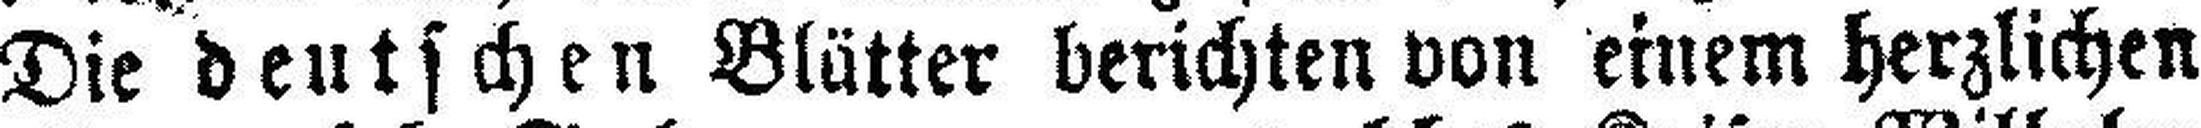
Die deutschen Blätter berichten von einem herzlichen